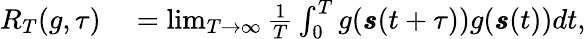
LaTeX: \begin{array}{rl}{R_{T}(g,\tau)}&{{}=\operatorname*{lim}_{T\rightarrow\infty}\frac{1}{T}\int_{0}^{T}g(\pmb{s}(t+\tau))g(\pmb{s}(t))dt,}\end{array}